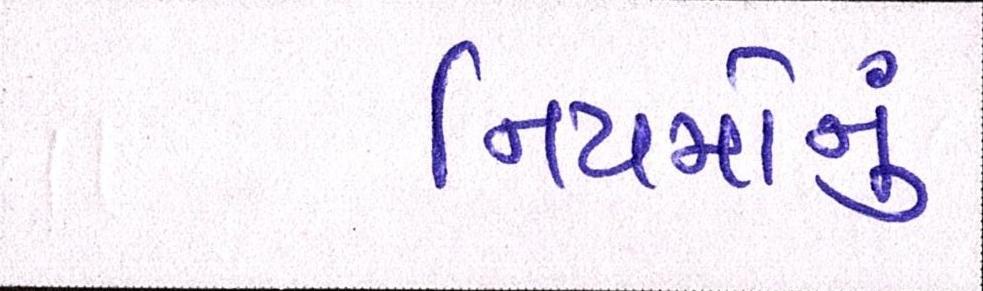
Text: નિયમોનું